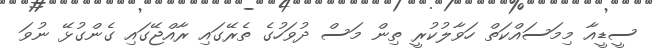
ސީޑީއާ މިމަަސައްކަތް ހަވާލުކުރީ ތިން މަސް ދުވަހުގެ ތެރޭގައި ރާއްޖޭގައި ގެންގުޅޭ ނުވަ